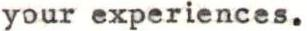
your experiences.